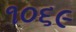
૧૦૬૯